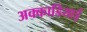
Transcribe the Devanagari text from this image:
अक्काडियाई